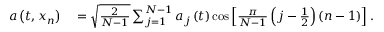
\begin{array} { r l } { a \left( t , x _ { n } \right) } & { { } = \sqrt { \frac { 2 } { N - 1 } } \sum _ { j = 1 } ^ { N - 1 } a _ { j } \left( t \right) \cos \left[ \frac { \pi } { N - 1 } \left( j - \frac { 1 } { 2 } \right) \left( n - 1 \right) \right] . } \end{array}